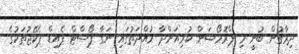
ދިރާގުން ބުނީ މި ޕްރޮމޯޝަން ކުރިއަށްދާ މުއްދަތުގައި ނަގާ ޕޯސްޓް ޕެއިޑް ޕެކޭޖުތަކުގެ